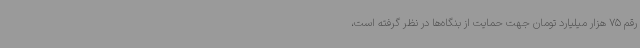
رقم 75 هزار میلیارد تومان جهت حمایت از بنگاه‌ها در نظر گرفته است،